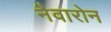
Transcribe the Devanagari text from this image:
नैवारोन